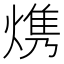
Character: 㷪